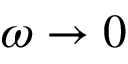
\omega \rightarrow 0